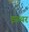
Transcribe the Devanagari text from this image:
इस्थर